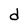
Character: d